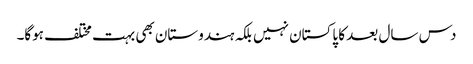
دس سال بعد کا پاکستان نہیں بلکہ ہندوستان بھی بہت مختلف ہوگا۔